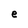
Character: e